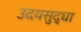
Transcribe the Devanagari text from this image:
उदयसुद्धा